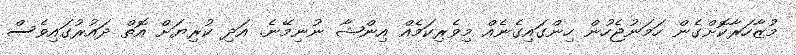
މުޒާހަރާކޮށްގެން ހަމަނުޖެހުން ހިންގައިގެނެއް މިވެރިކަމެއް އިންޝާ ނުނިމޭނެ. އަދި ކުރިޔަށް އޮތް ދައުރުގައިވެސް